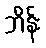
ဘိန်း